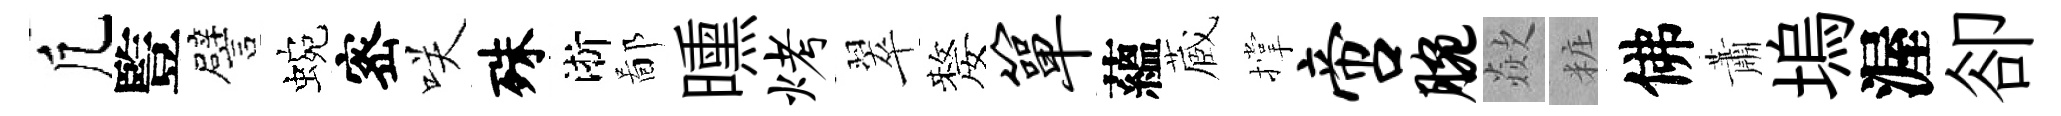
凢䜿譬蜿宻咲殊淅鄙曛烤翠嫠箪蘊蔵撑啻腕歘粧佛蕭塢渥卻